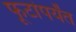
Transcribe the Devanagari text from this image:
फूटांपर्यंत